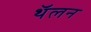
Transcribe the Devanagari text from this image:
थॅलन